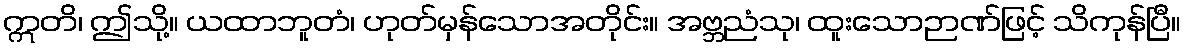
ဣတိ၊ ဤသို့။ ယထာဘူတံ၊ ဟုတ်မှန်သောအတိုင်း။ အဗ္ဘညံသု၊ ထူးသောဉာဏ်ဖြင့် သိကုန်ပြီ။